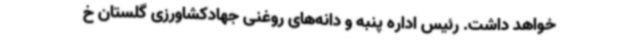
خواهد داشت. رئیس اداره پنبه و دانه‌های روغنی جهادکشاورزی گلستان خ